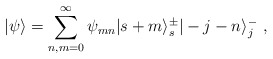
\begin{align*}|\psi\rangle=\sum_{n,m=0}^{\infty}\psi_{mn}|s+m\rangle_s^{\pm}|-j-n\rangle_j^-~,\end{align*}